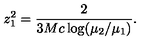
z _ { 1 } ^ { 2 } = \frac { 2 } { 3 M c \log ( \mu _ { 2 } / \mu _ { 1 } ) } .